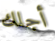
أجلك